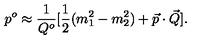
p ^ { o } \approx { \frac { 1 } { Q ^ { o } } } [ { \frac { 1 } { 2 } } ( m _ { 1 } ^ { 2 } - m _ { 2 } ^ { 2 } ) + \vec { p } \cdot \vec { Q } ] .